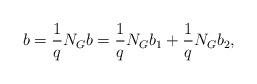
LaTeX: \begin{align*}b = \frac{1}{q}N_Gb = \frac{1}{q}N_Gb_1 + \frac{1}{q}N_Gb_2,\end{align*}